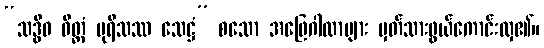
“သဒ္ဓီဓ ဝိတ္တံ ပုရိသဿ သေဋ္ဌံ” စသော အဖြေဂါထာများ မှတ်သားဖွယ်ကောင်းလှ၏။